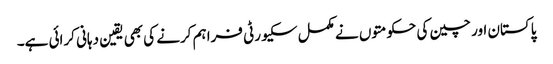
پاکستان اور چین کی حکومتوں نے مکمل سکیورٹی فراہم کرنے کی بھی یقین دہانی کرائی ہے۔